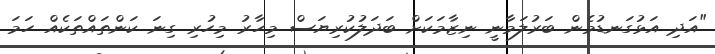
"އަދި އަޅުގަނޑުމެން ބަރުލަމާނީ ނިޒާމަކަށް ބަދަލުކުރިޔަސް މިހާރު މިހުރި ގިނަ ކަންތައްތަކެއް ހަމަ